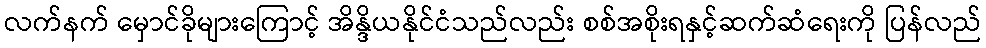
လက်နက် မှောင်ခိုများကြောင့် အိန္ဒိယနိုင်ငံသည်လည်း စစ်အစိုးရနှင့်ဆက်ဆံရေးကို ပြန်လည်